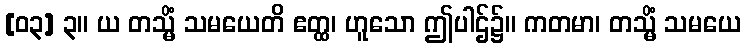
[၀၃] ၃။ ယ တသ္မိံ သမယေတိ ဧတ္ထ၊ ဟူသော ဤပါဌ်၌။ ကတမာ၊ တသ္မိံ သမယေ